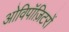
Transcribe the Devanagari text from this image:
ओविपॉज़िटरों